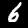
Label: 6